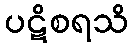
ပဋိစရသိ